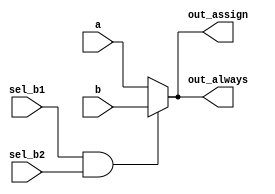
// synthesis verilog_input_version verilog_2001
module always_if(
                 input       a,
                 input       b,
                 input       sel_b1,
                 input       sel_b2,
                 output wire out_assign,
                 output reg  out_always   ); 

    assign out_assign = (sel_b1 && sel_b2) ? b : a;
    always @(*) 
      out_always = (sel_b1 && sel_b2) ? b : a;
    
endmodule